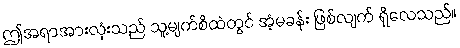
ဤအရာအားလုံးသည် သူ့မျက်စိထဲတွင် အံ့မခန်း ဖြစ်လျက် ရှိလေသည်။